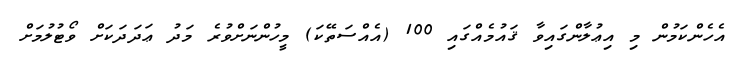
އެހެންކަމުން މި އިޢުލާންގައިވާ ޤައުމެއްގައި 100 (އެއްސަތޭކަ) މީހުންނަށްވުރެ މަދު ޢަދަދަކަށް ވޯޓުލުމަށް